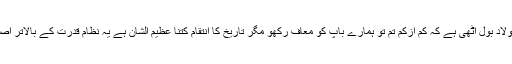
اس کی اولاد بول اُٹھی ہے کہ کم ازکم تم تو ہمارے باپ کو معاف رکھو مگر تاریخ کا انتقام کتنا عظیم الشان ہے یہ نظام قدرت کے بالاتر اصول ہے ۔